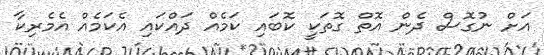
އަށް ނުގޮސް ދެން އޮތް ގޮތަކީ ކޮބައި ކަމެއް ދައްކައި އެކަމެއް އެމެރިކާ